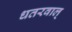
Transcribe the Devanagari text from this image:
धतरवाल्